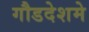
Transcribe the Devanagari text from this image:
गौडदेशमे